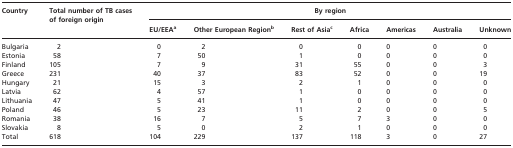
| <ROWSPAN=2> Country | <ROWSPAN=2> Total number of TB cases of foreign origin | <COLSPAN=7> By region |
 | EU/EEAa | Other European Regionb | Rest of Asiac | Africa | Americas | Australia | Unknown |
 | --- | --- | --- | --- | --- | --- | --- | --- | --- |
 | Bulgaria | 2 | 0 | 2 | 0 | 0 | 0 | 0 | 0 |
 | Estonia | 58 | 7 | 50 | 1 | 0 | 0 | 0 | 0 |
 | Finland | 105 | 7 | 9 | 31 | 55 | 0 | 0 | 3 |
 | Greece | 231 | 40 | 37 | 83 | 52 | 0 | 0 | 19 |
 | Hungary | 21 | 15 | 3 | 2 | 1 | 0 | 0 | 0 |
 | Latvia | 62 | 4 | 57 | 1 | 0 | 0 | 0 | 0 |
 | Lithuania | 47 | 5 | 41 | 1 | 0 | 0 | 0 | 0 |
 | Poland | 46 | 5 | 23 | 11 | 2 | 0 | 0 | 5 |
 | Romania | 38 | 16 | 7 | 5 | 7 | 3 | 0 | 0 |
 | Slovakia | 8 | 5 | 0 | 2 | 1 | 0 | 0 | 0 |
 | Total | 618 | 104 | 229 | 137 | 118 | 3 | 0 | 27 |